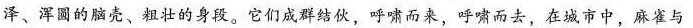
泽、浑圆的脑壳、粗壮的身段。它们成群结伙，呼啸而来，呼啸而去，在城市中，麻雀与